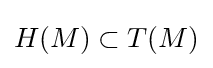
H(M)\subset T(M)